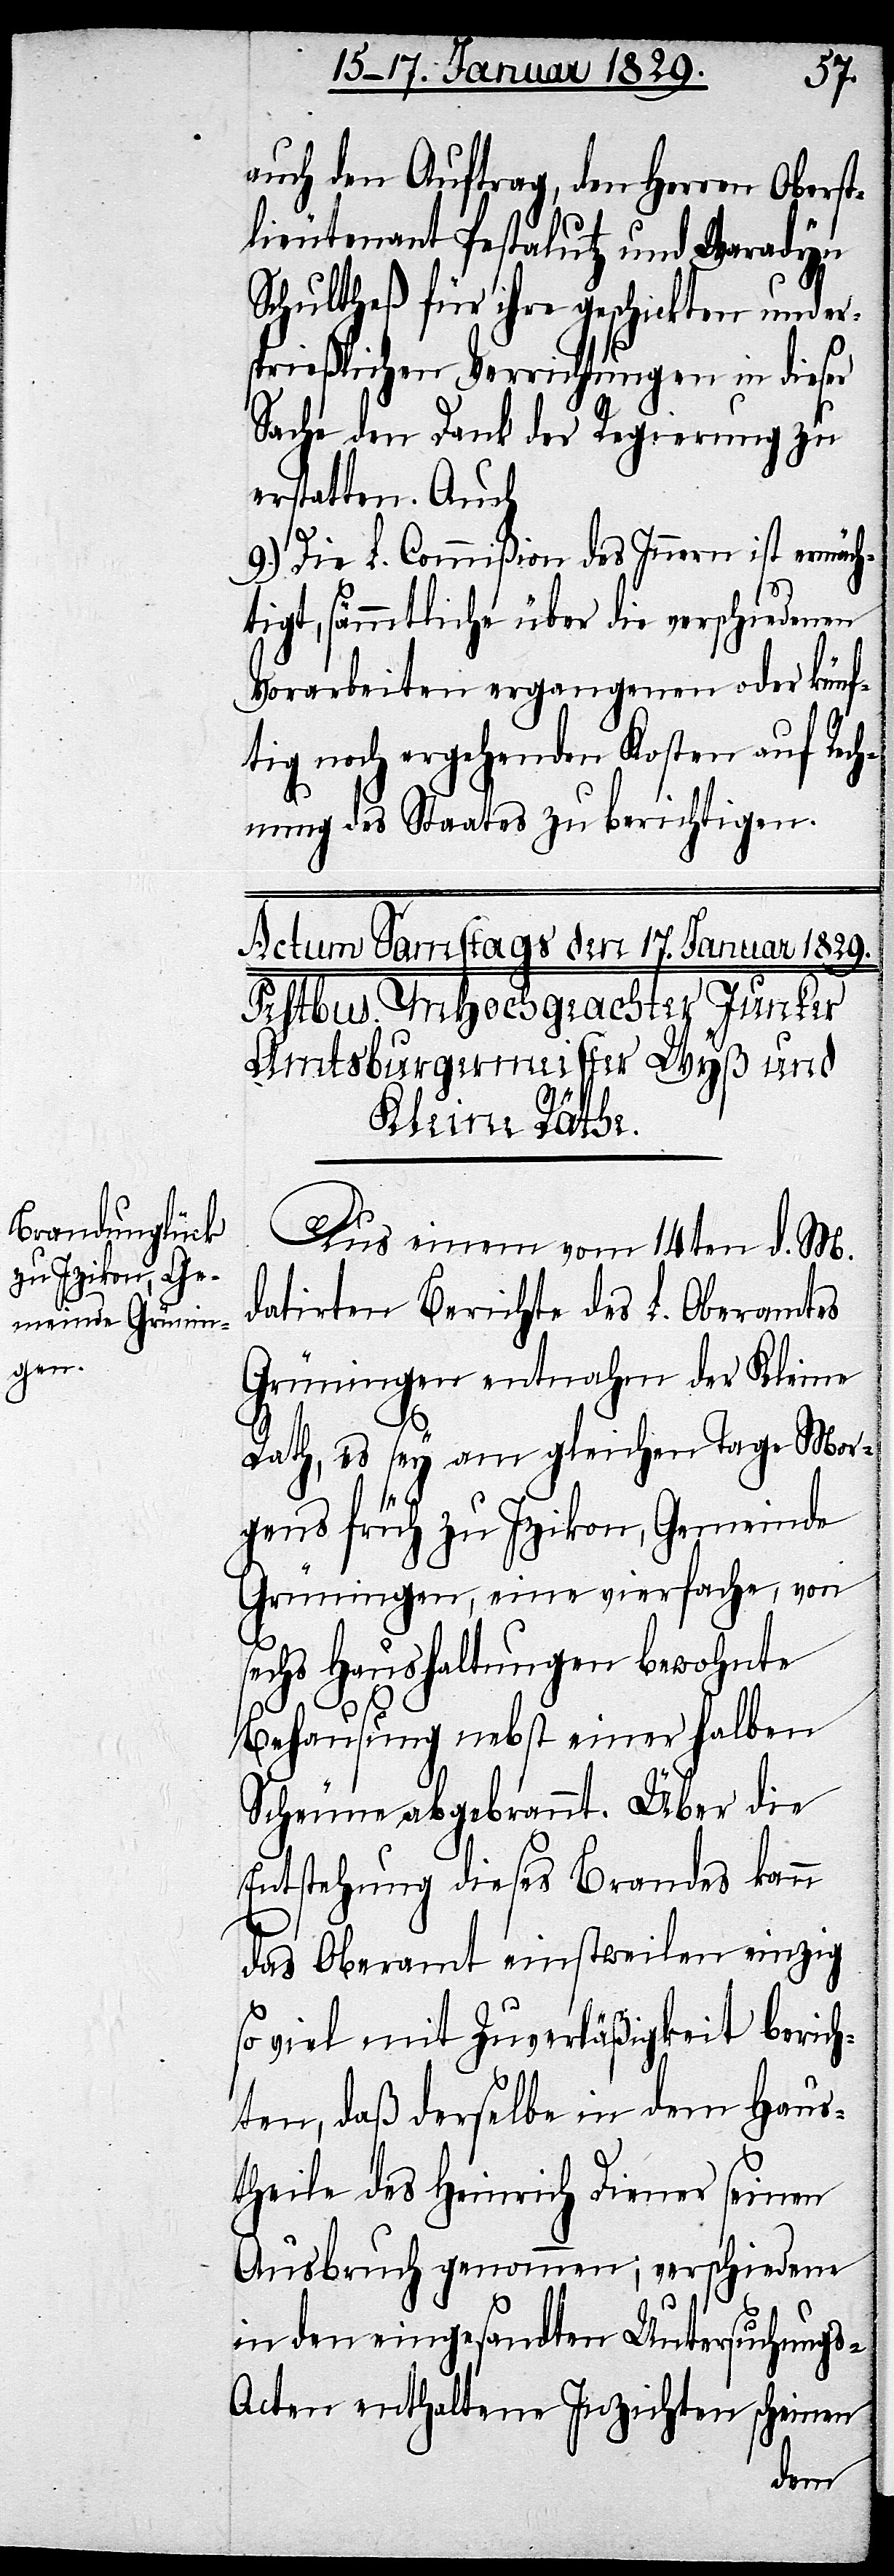
auch den Auftrag, den Herren Oberst¬
lieutenant Pestalutz und Waradyn
Schultheß für ihre geschickten und er¬
sprießlichen Verrichtungen in dieser
Sache den Dank der Regierung zu
erstatten. Auch
9.) Die L. Commißion des Innern ist ermäch¬
tigt, sämmtliche über die verschiedenen
Vorarbeiten ergangenen oder künf¬
tig noch ergehenden Kosten auf Rech¬
nung des Staates zu berichtigen.
Aus einem vom 14ten d. M.
datirten Berichte des L. Oberamtes
Grüningen entnahm der Kleine
Rath, es sey am gleichen Tage Mor¬
gens früh zu Izikon, Gemeinde
Grüningen, eine vierfache, von
sechs Haushaltungen bewohnte
Behausung nebst einer halben
Scheune abgebrannt. Über die
Entstehung dieses Brandes kann
das Oberamt einstweilen einzig
so viel mit Zuverläßigkeit berich¬
ten, daß derselbe in dem Haus¬
theile des Heinrich Diener seinen
Ausbruch genommen; verschiedene
in den eingesandten Untersuchung¬
s-Acten enthaltene Inzichten scheinen